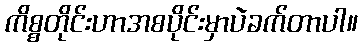
ကိစ္စတိုင်းဟာအစပိုင်းမှာပဲခက်တာပါ။